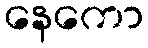
နေကော